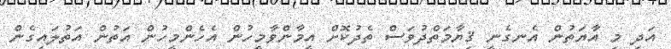
އަދި މި އާޔަތުން އެނގެނީ ޤިޔާމަތްދުވަސް ތެދުކޮށް އީމާންވާމީހުން އެހެންމީހުން އަތުން އަތުލައިގެން